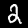
Label: 2